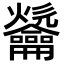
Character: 𪛑